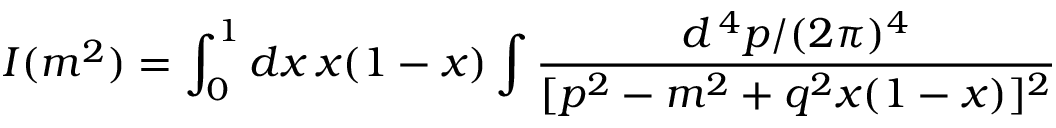
I ( m ^ { 2 } ) = \int _ { 0 } ^ { 1 } d x \, x ( 1 - x ) \int { \frac { d ^ { \, 4 } p / ( 2 \pi ) ^ { 4 } } { [ p ^ { 2 } - m ^ { 2 } + q ^ { 2 } x ( 1 - x ) ] ^ { 2 } } }